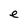
Character: e